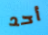
أحد